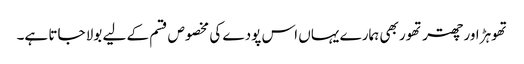
تھوہڑ اور چھتر تھور بھی ہمارے یہاں اس پودے کی مخصوص قسم کے لیے بولا جاتا ہے۔